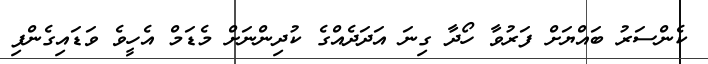
ކެންސަރު ބައްޔަށް ފަރުވާ ހޯދާ ގިނަ އަދަދެއްގެ ކުދިންނަށް މެޑަމް އެހީވެ ވަޑައިގެންފި